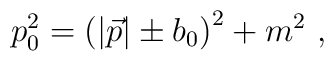
p_0^2 = \left(|\vec p|\pm b_0\right)^2 + m^2\ ,